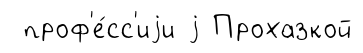
проф'е́сс'иjи j Прохазкой